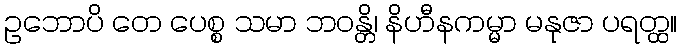
ဥဘောပိ တေ ပေစ္စ သမာ ဘဝန္တိ၊ နိဟီနကမ္မာ မနုဇာ ပရတ္ထ။